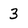
Character: 3